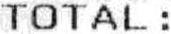
TOTAL :